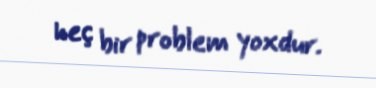
heç bir problem yoxdur.